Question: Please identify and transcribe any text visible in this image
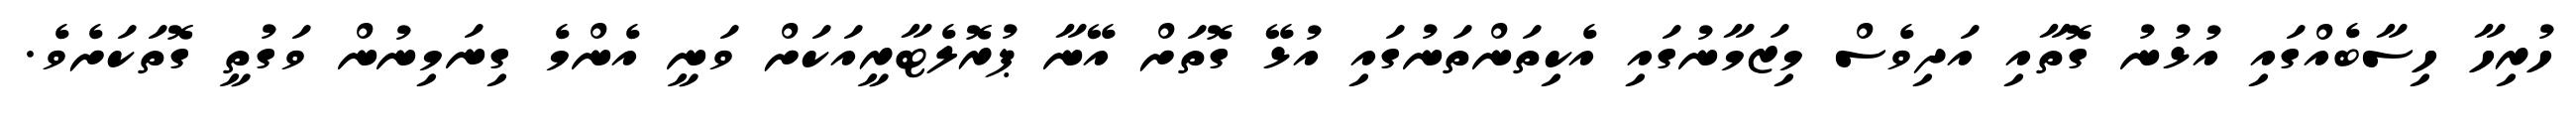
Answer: ހުރިހާ ހިސާބެއްގައި އުޅުނު ގޮތާއި އަދިވެސް މިޒަމާނުގައި އެކިތަންތަނުގައި އުޅޭ ގޮތަށް އޭނާ ޕުރޮލެޓާރީއަކަށް ވަނީ އެންމެ ގިނަމިނުން ވަގުތީ ގޮތަކަށެވެ.